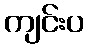
ကျင်းပ